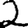
Digit: 2